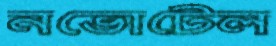
নভোটেল